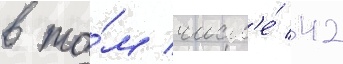
в то́м числ'е́ 42